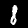
Label: 8